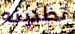
تظنينه